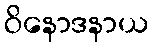
ဝိနောဒနာယ